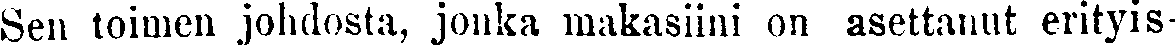
Sen toimen johdosta, jonka makasiini on asettanut erityis-